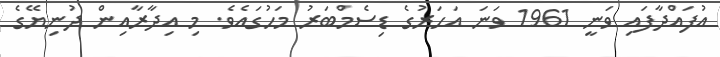
އުފައްދާފައި ވަނީ 1961 ވަނަ އަހަރުގެ ޑިސެމްބަރު މަހުގައެވެ. މި އިދާރާއިން ދުނިޔޭގެ